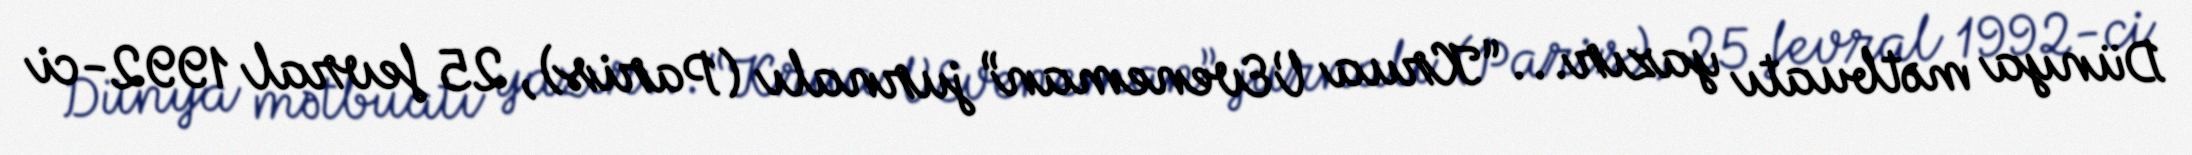
Dünya mətbuatı yazır... “Krua l’Eveneman” jurnalı (Paris), 25 fevral 1992-ci